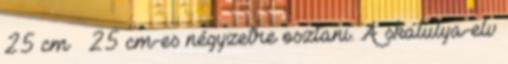
25 cm × 25 cm-es négyzetre osztani. A skatulya-elv